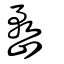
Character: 嵍